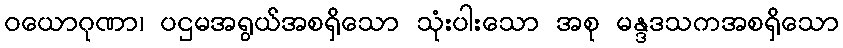
ဝယောဂုဏာ၊ ပဌမအရွယ်အစရှိသော သုံးပါးသော အစု မန္ဒဒသကအစရှိသော